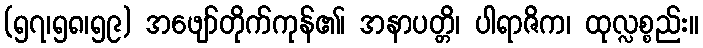
(၅၇၊၅၈၊၅၉) အဖျော်တိုက်ကုန်၏၊ အနာပတ္တိ၊ ပါရာဇိက၊ ထုလ္လစ္စည်း။